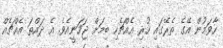
ހާވަމުން އޭގެ ތެރޭގައި ހުރި އެއްޗެހި ބިމަށް ޖަހަނީއެވެ. އެ ދައްތަ އެއްޗެއް